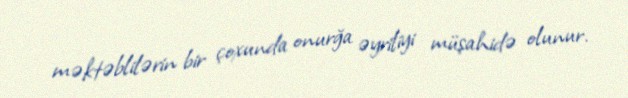
məktəblilərin bir çoxunda onurğa əyriliyi müşahidə olunur.